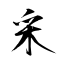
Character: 采